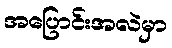
အပြောင်းအလဲမှာ